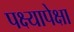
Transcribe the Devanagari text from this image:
पक्ष्यापेक्षा